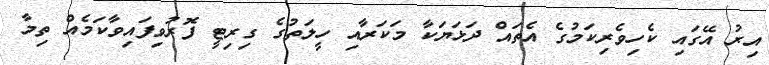
އިރު އޭގައި ކެހިވެރިކަމުގެ އެތައް ދަޅަޔަކާ މަކަރާއި ހީލަތުގެ ގިރިޓީ ފޮރުވިފައިވާކަމެއް ތިމާ